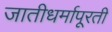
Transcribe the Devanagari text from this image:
जातीधर्मापूरती